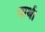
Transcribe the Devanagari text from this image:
पार्थ।